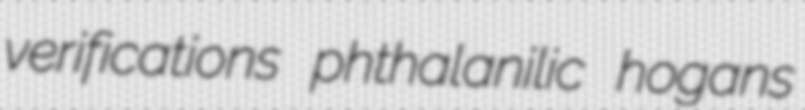
verifications phthalanilic hogans